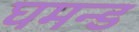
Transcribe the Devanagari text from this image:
घमन्ड